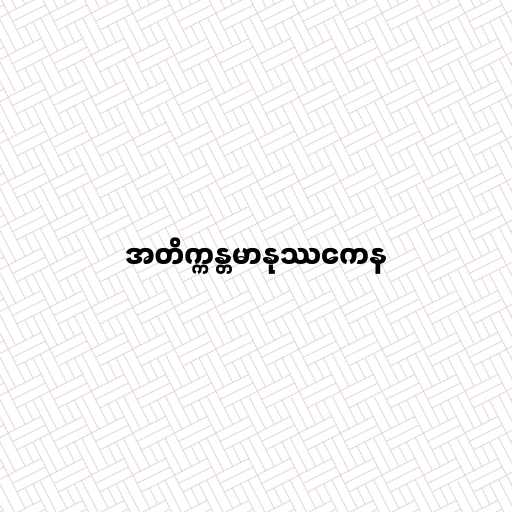
အတိက္ကန္တမာနုဿကေန